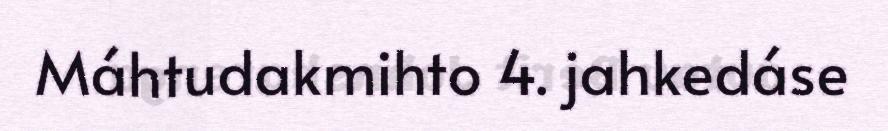
Máhtudakmihto 4. jahkedáse